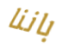
باننا